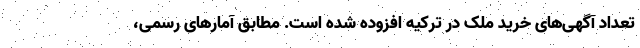
تعداد آگهی‌های خرید ملک در ترکیه افزوده شده است. مطابق آمارهای رسمی،